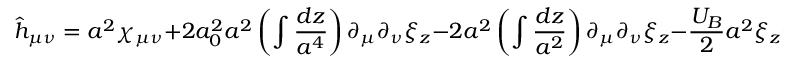
\hat { h } _ { \mu \nu } = a ^ { 2 } \chi _ { \mu \nu } + 2 a _ { 0 } ^ { 2 } a ^ { 2 } \left( \int \frac { d z } { a ^ { 4 } } \right) \partial _ { \mu } \partial _ { \nu } \xi _ { z } - 2 a ^ { 2 } \left( \int \frac { d z } { a ^ { 2 } } \right) \partial _ { \mu } \partial _ { \nu } \xi _ { z } - \frac { U _ { B } } { 2 } a ^ { 2 } \xi _ { z } \eta _ { \mu \nu }